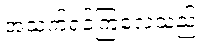
အသက်ရှင်ကြလေသည်